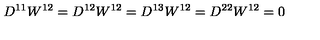
D ^ { 1 1 } W ^ { 1 2 } = D ^ { 1 2 } W ^ { 1 2 } = D ^ { 1 3 } W ^ { 1 2 } = D ^ { 2 2 } W ^ { 1 2 } = 0